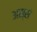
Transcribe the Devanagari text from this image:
अस्सं